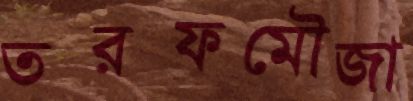
তরফমৌজা